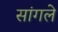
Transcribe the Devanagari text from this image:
सांगले